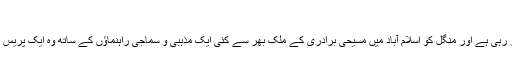
"
ساجد اسحٰق نے کہا کہ ان کی برادری یہ پرزور مطالبہ کر رہی ہے اور منگل کو اسلام آباد میں مسیحی برادری کے ملک بھر سے کئی ایک مذہبی و سماجی راہنماؤں کے ساتھ وہ ایک پریس کانفرنس میں اس مطالبے کو تفصیل سے اجاگر کریں گے۔